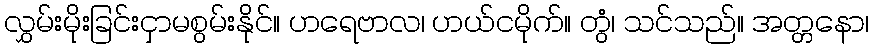
လွှမ်းမိုးခြင်းငှာမစွမ်းနိုင်။ ဟရေဗာလ၊ ဟယ်ငမိုက်။ တွံ၊ သင်သည်။ အတ္တနော၊